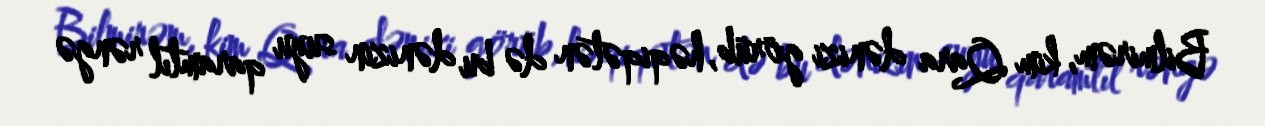
Bilmirəm, kim Qara dənizi görüb, həqiqətən də bu dənizin suyu qaramtıl rəngə